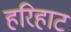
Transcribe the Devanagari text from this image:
हरिहाट